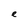
Character: e